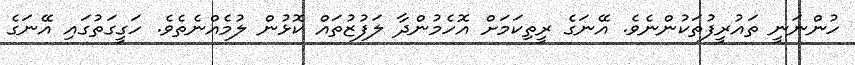
ހުންނަނީ ތައުރީފުތަކުންނެވެ. އޭނަގެ ރީތިކަމަށް އޮހެމުންދާ ލަފުޒުތައް ކޮޅުން ލުމެއްނެތެވެ. ހަގީގަތުގައި އޭނަގެ